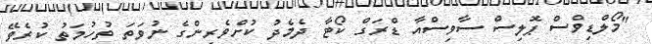
"މޯލްޑިވްސް ޕޮލިސް ސާވިސްއާ ޑްރަގް ކޯޓާ ދެމެދު ކުށްވެރިންގެ ނުވަތަ ތުހުމަތު ކުރެވޭ